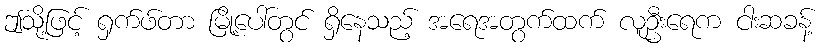
ဤသို့ဖြင့် ရှက်ဖ်တာ မြို့ပေါ်တွင် ရှိနေသည့် အရေအတွက်ထက် လူဦးရေက ငါးဆခန့်